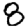
Digit: 8